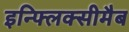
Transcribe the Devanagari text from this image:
इन्फ्लिक्सीमैब